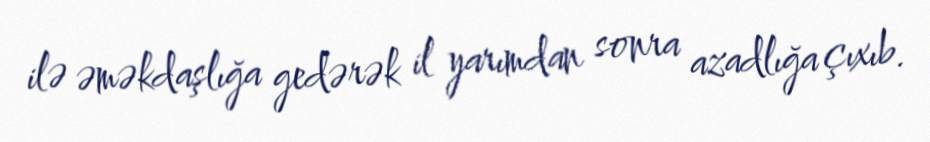
ilə əməkdaşlığa gedərək il yarımdan sonra azadlığa çıxıb.